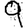
Digit: 9